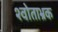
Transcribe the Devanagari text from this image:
श्वोताभ्रक